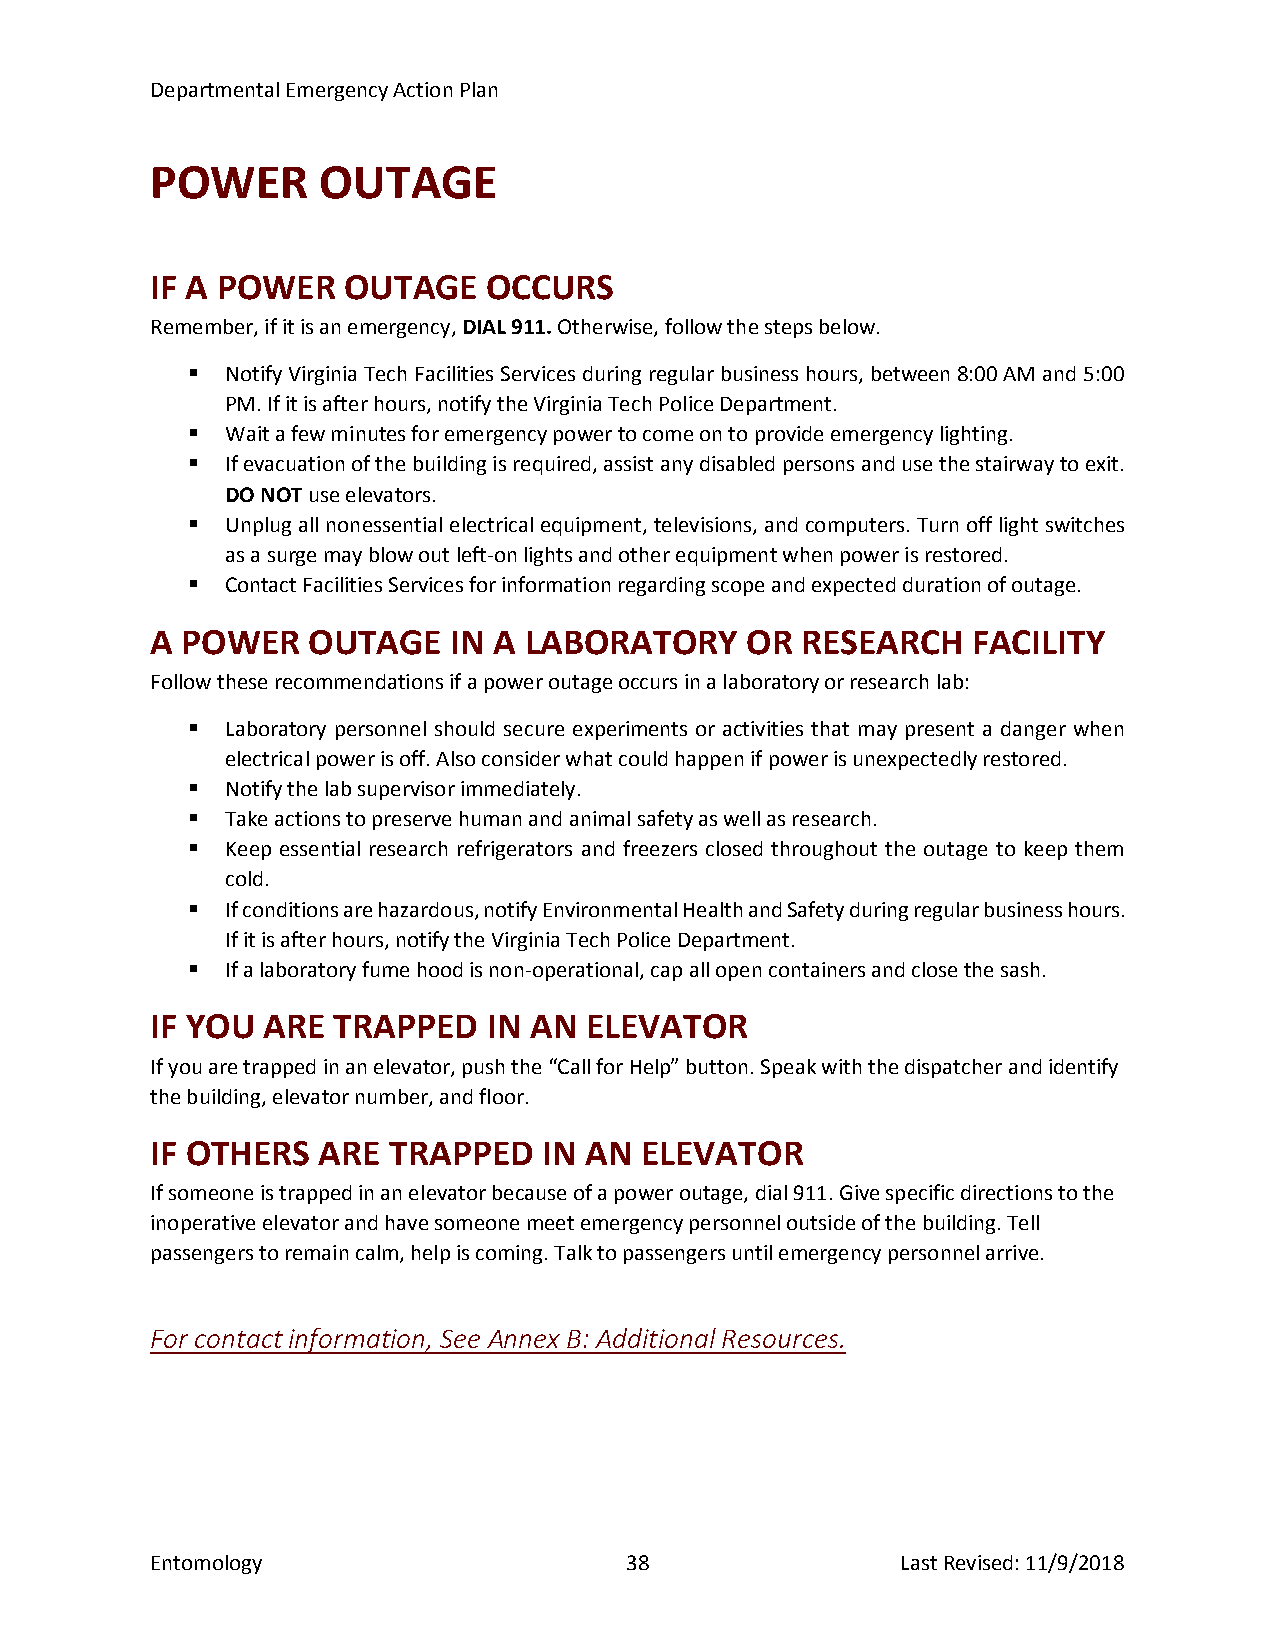
Departmental Emergency Action Plan
 POWER      OUTAGE
 IF A POWER   OUTAGE   OCCURS
 Remember, if it is an emergency, DIAL 911. Otherwise, follow the steps below.
   Notify Virginia Tech Facilities Services during regular business hours, between 8:00 AM and 5:00
 PM. If it is after hours, notify the Virginia Tech Police Department.
   Wait a few minutes for emergency power to come on to provide emergency lighting.
   If evacuation of the building is required, assist any disabled persons and use the stairway to exit.
 DO NOT use elevators.
   Unplug all nonessential electrical equipment, televisions, and computers. Turn off light switches
 as a surge may blow out left-on lights and other equipment when power is restored.
   Contact Facilities Services for information regarding scope and expected duration of outage.
 A POWER   OUTAGE    IN A LABORATORY    OR  RESEARCH   FACILITY
 Follow these recommendations if a power outage occurs in a laboratory or research lab:
   Laboratory personnel should secure experiments or activities that may present a danger when
 electrical power is off. Also consider what could happen if power is unexpectedly restored.
   Notify the lab supervisor immediately.
   Take actions to preserve human and animal safety as well as research.
   Keep essential research refrigerators and freezers closed throughout the outage to keep them
 cold.
   If conditions are hazardous, notify Environmental Health and Safety during regular business hours.
 If it is after hours, notify the Virginia Tech Police Department.
   If a laboratory fume hood is non-operational, cap all open containers and close the sash.
 IF YOU ARE  TRAPPED   IN AN  ELEVATOR
 If you are trapped in an elevator, push the “Call for Help” button. Speak with the dispatcher and identify
 the building, elevator number, and floor.
 IF OTHERS  ARE  TRAPPED   IN AN ELEVATOR
 If someone is trapped in an elevator because of a power outage, dial 911. Give specific directions to the
 inoperative elevator and have someone meet emergency personnel outside of the building. Tell
 passengers to remain calm, help is coming. Talk to passengers until emergency personnel arrive.
 For contact information, See Annex B: Additional Resources.
 Entomology                     38                 Last Revised: 11/9/2018